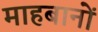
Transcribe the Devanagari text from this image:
माहबानों